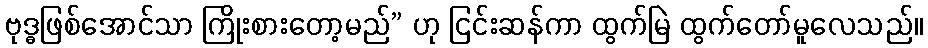
ဗုဒ္ဓဖြစ်အောင်သာ ကြိုးစားတော့မည်” ဟု ငြင်းဆန်ကာ ထွက်မြဲ ထွက်တော်မူလေသည်။